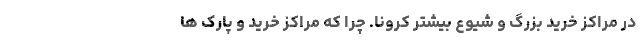
در مراکز خرید بزرگ و شیوع بیشتر کرونا. چرا که مراکز خرید و پارک ها